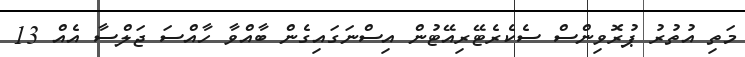
މަތި އުތުރު ޕުރޮވިންސް ސެކެރެޓޭރިއޭޓުން އިސްނަގައިގެން ބާއްވާ ހާއްސަ ޖަލްސާ އެއް 13